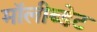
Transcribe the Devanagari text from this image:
मॉलीब्डेट